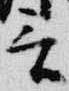
言